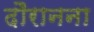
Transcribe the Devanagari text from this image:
दौरानना